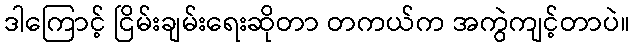
ဒါကြောင့် ငြိမ်းချမ်းရေးဆိုတာ တကယ်က အကွဲကျင့်တာပဲ။